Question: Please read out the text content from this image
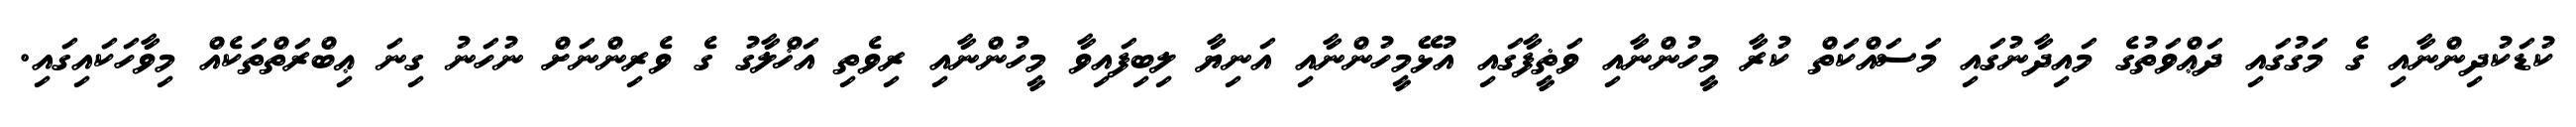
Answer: ކުޑަކުދިންނާއި ގެ މަގުގައި ދަޢްވަތުގެ މައިދާނުގައި މަސައްކަތް ކުރާ މީހުންނާއި ވަޡީފާގައި އުޅޭމީހުންނާއި އަނިޔާ ލިބިފައިވާ މީހުންނާއި ރިވެތި އަޚްލާގު ގެ ވެރިންނަށް ނުހަނު ގިނަ ޢިބްރަތްތަކެއް މިވާހަކައިގައި.